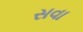
સવા